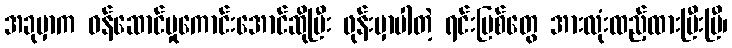
အခုမှာက ဝန်ဆောင်မှုကောင်းအောင်ဆိုပြီး ဖုန်းမှာပါတဲ့ ရင်းမြစ်တွေ အားလုံးထည့်ထားပြီးပြီ၊